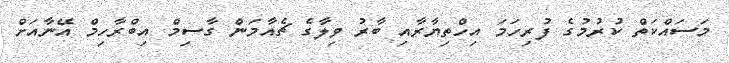
މަސައްކަތް ކުރުމުގެ ފުރިހަަމަ އިހްތިޔާރާއި ބާރު ވިލާގެ ޗެއާމަން ގާސިމް އިބްރާހިމް އޭނާއަށް